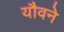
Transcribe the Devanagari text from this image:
यौवने